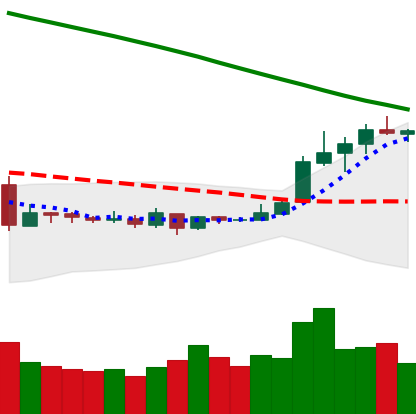
Ticker: XLM-USD
Chart end date: 2019-03-15
Forward return: 3.368%
Label: up_3_5